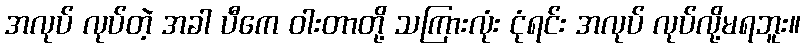
အလုပ် လုပ်တဲ့ အခါ ပီကေ ဝါးတာတို့ သကြားလုံး ငုံရင်း အလုပ် လုပ်လို့မရဘူး။